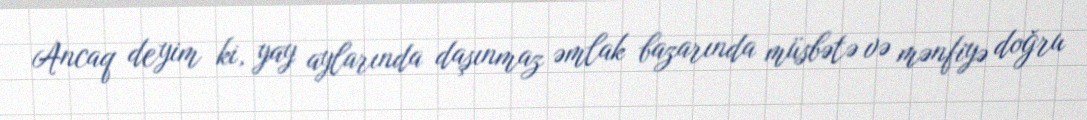
Ancaq deyim ki, yay aylarında daşınmaz əmlak bazarında müsbətə və mənfiyə doğru